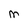
Character: M